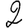
Digit: 2